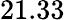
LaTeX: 21.33